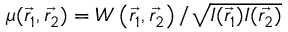
\mu ( \Vec { { r } _ { 1 } } , \Vec { { r } _ { 2 } } ) = W \left( \Vec { { r } _ { 1 } } , \vec { { r } _ { 2 } } \right) / \sqrt { I ( \vec { { r } _ { 1 } } ) I ( \vec { { r } _ { 2 } } ) }